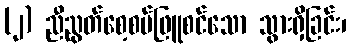
(၂) ညီညွတ်စေ့စပ်ဖြူစင်သော သွားရှိခြင်း၊